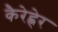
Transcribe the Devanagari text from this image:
कैरेह्नेर